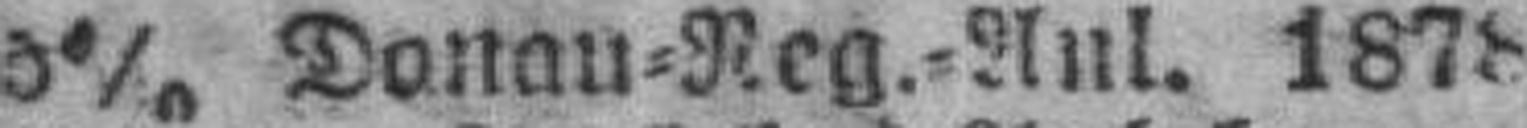
5% Donau=Reg.=Anl. 1878